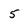
Character: 5